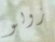
زولو